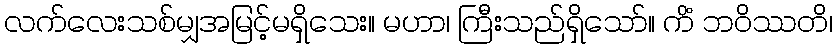
လက်လေးသစ်မျှအမြင့်မရှိသေး။ မဟာ၊ ကြီးသည်ရှိသော်။ ကိံ ဘဝိဿတိ၊